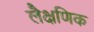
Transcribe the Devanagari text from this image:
लैक्षणिक